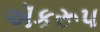
ઍકરૂપ